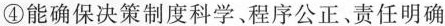
④能确保决策制度科学、程序公正、责任明确